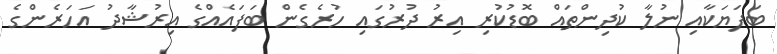
ބަފަޔަކާއި ނުލާ ކުދިންތައް ބޮޑުކުރި އިރު ދުރުގައި ހުރެގެން ބަފައެއްގެ އިރުޝާދު އަހަރެންގެ